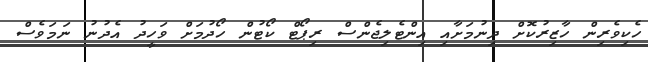
ހެކިވެރިން ހާޒިރުކޮށް ދިނުމަށާއި އިންޓެލިޖެންސް ރިޕޯޓް ކޯޓުން ހޯދުމަށް ވަހީދު އެދުނު ނަމަވެސް